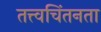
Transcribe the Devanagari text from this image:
तत्त्वचिंतनता